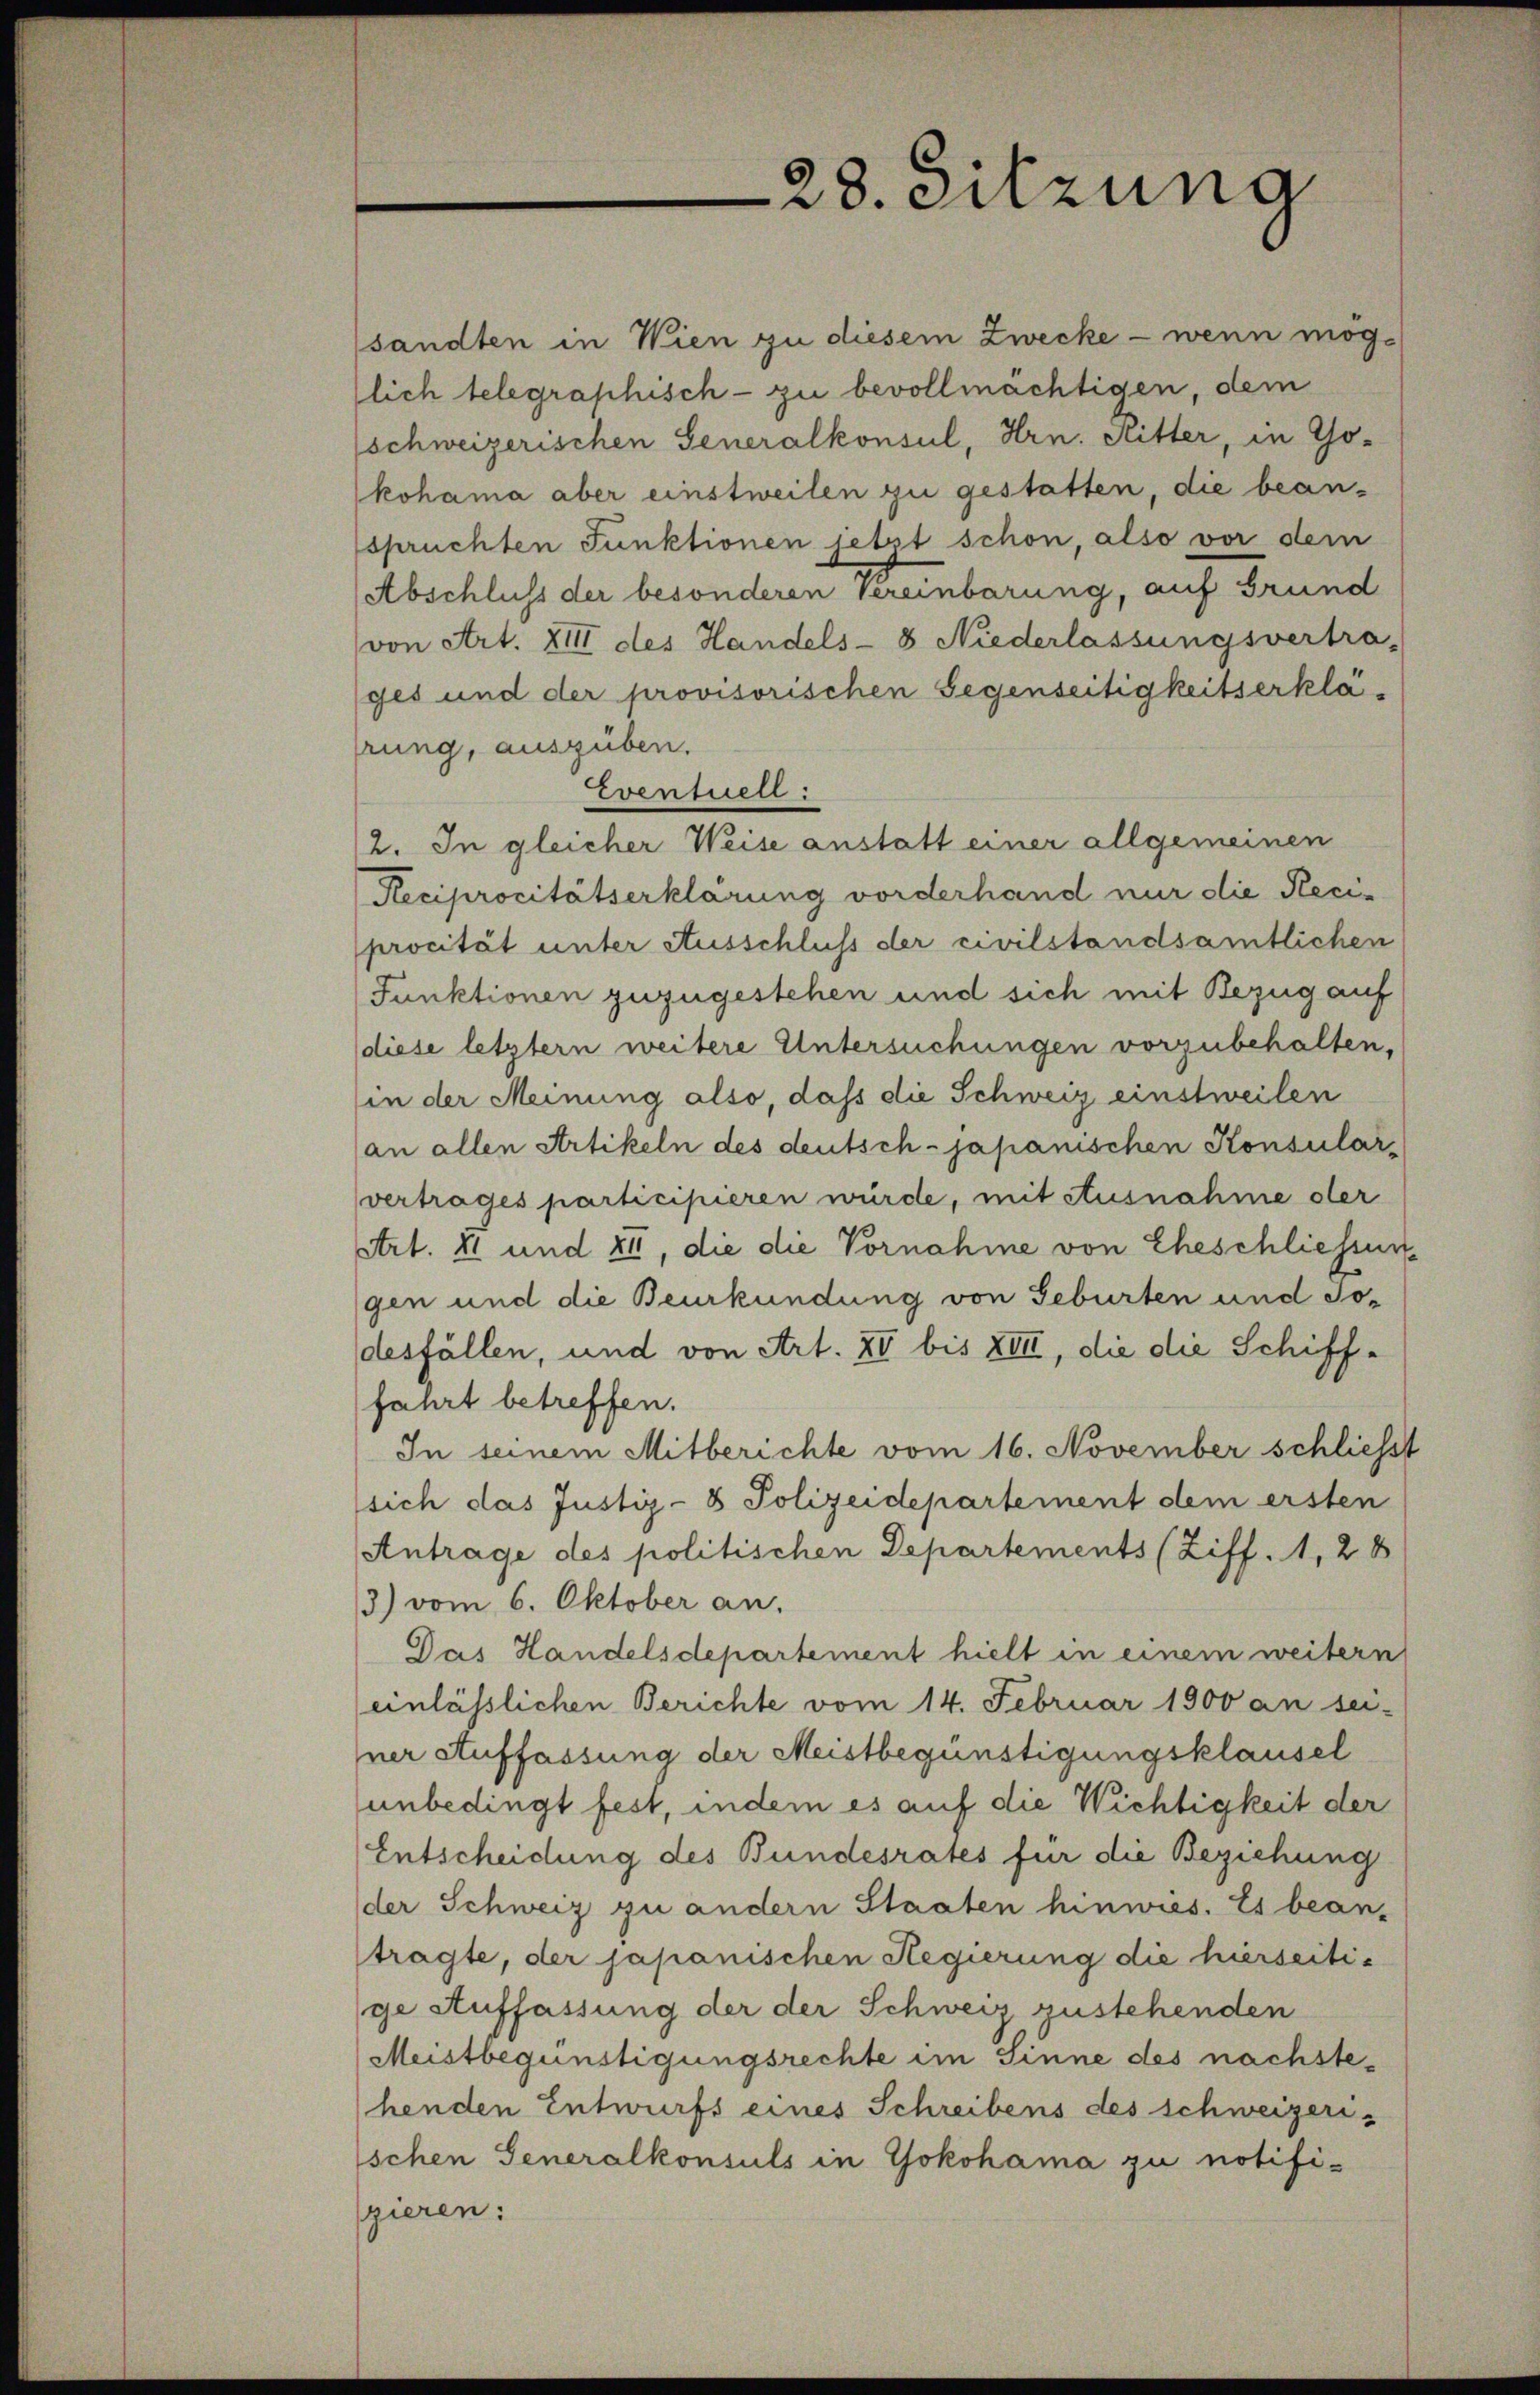
28. Sitzuna

sandten in Wien zu diesem Zwecke - wenn möglich telegraphisch - zu bevollmächtigen, dem
schweizerischen Generalkonsul, Hrn. Ritter, in Tokohama aber einstweilen zu gestatten, die bean-
spruchten Funktionen jetzt schon, also vor dem
Abschluss der besonderen Vereinbarung, auf Grund
von Art. XIII des Handels- & Niederlassungsvertra-
ges und der provisorischen Gegenseitigkeitserklä-
rung, ausgüben.
Eventuell:
2. In gleicher Weise anstatt einer allgemeinen
Reciprocitätserklärung vorderhand nur die Reciprocität unter Ausschluss der civilstandsamtlichen
Funktionen zuzugestehen und sich mit Bezug auf
diese letztern weitere Untersuchungen vorzubehalten,
in der Meinung also, daß die Schweiz einstweilen
an allen Artikeln des deutsch-japanischen Konsular-
vertrages participieren würde, mit Ausnahme der
Art. 41 und 24, die die Vornahme von Eheschliessung
gen und die Beurkundung von Geburten und Jodesfällen, und von Art. XI bis XIII, die die Schiff-
fahrt betreffen.
In seinem Mitberichte vom 16. November schliesst
sich das Justiz- & Polizeidepartement dem ersten
Antrage des politischen Departements (Ziff. 1, 28
3) vom 6. Oktober an.
Das Handelsdepartement hielt in einem weitern
einlässlichen Berichte vom 14. Februar 1900 an sei-
ner Auffassung der Meistbegünstigungsklausel
unbedingt fest, indem es auf die Wichtigkeit der
Entscheidung des Bundesrates für die Beziehung
der Schweiz zu andern Staaten hinwies. Es bean-
tragte, der japanischen Regierung die hierseitige Auffassung der der Schweiz zustehenden
Meistbegünstigungsrechte im Sinne des nachstehenden Entwurfs eines Schreibens des schweizerischen Generalkonsuls in Yokohama zu notifi-
gieren: